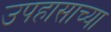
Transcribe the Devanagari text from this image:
उपहासाच्या